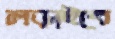
লড়াইবে